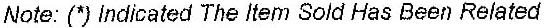
NOTE: (*) INDICATED THE ITEM SOLD HAS BEEN RELATED